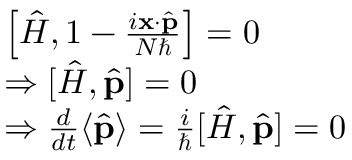
{ \begin{array} { r l } & { \left[ { \hat { H } } , 1 - { \frac { i \mathbf { x } \cdot { \hat { \mathbf { p } } } } { N \hbar } } \right] = 0 } \\ & { \Rightarrow [ { \hat { H } } , { \hat { \mathbf { p } } } ] = 0 } \\ & { \Rightarrow { \frac { d } { d t } } \langle { \hat { \mathbf { p } } } \rangle = { \frac { i } { \hbar } } [ { \hat { H } } , { \hat { \mathbf { p } } } ] = 0 } \end{array} }